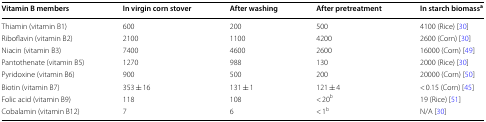
<table><thead><tr><td><b>Vitamin B members</b></td><td><b>In virgin corn stover</b></td><td><b>After washing</b></td><td><b>After pretreatment</b></td><td><b>In starch biomass<sup>a</sup></b></td></tr></thead><tbody><tr><td>Thiamin (vitamin B1)</td><td>600</td><td>200</td><td>500</td><td>4100 (Rice) [30]</td></tr><tr><td>Riboflavin (vitamin B2)</td><td>2100</td><td>1100</td><td>4200</td><td>2600 (Corn) [30]</td></tr><tr><td>Niacin (vitamin B3)</td><td>7400</td><td>4600</td><td>2600</td><td>16000 (Corn) [49]</td></tr><tr><td>Pantothenate (vitamin B5)</td><td>1270</td><td>988</td><td>130</td><td>2000 (Rice) [30]</td></tr><tr><td>Pyridoxine (vitamin B6)</td><td>900</td><td>500</td><td>200</td><td>20000 (Corn) [50]</td></tr><tr><td>Biotin (vitamin B7)</td><td>353 ± 16</td><td>131 ± 1</td><td>121 ± 4</td><td>&lt; 0.15 (Corn) [45]</td></tr><tr><td>Folic acid (vitamin B9)</td><td>118</td><td>108</td><td>&lt; 20<sup>b</sup></td><td>19 (Rice) [51]</td></tr><tr><td>Cobalamin (vitamin B12)</td><td>7</td><td>6</td><td>&lt; 1<sup>b</sup></td><td>N/A [30]</td></tr></tbody></table>